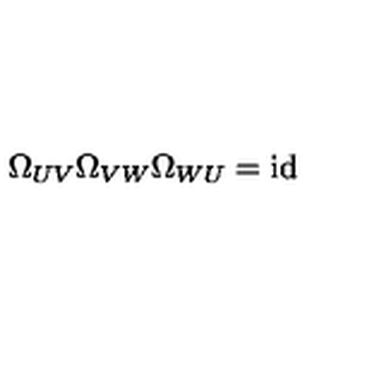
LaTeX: \Omega _ { U V } \Omega _ { V W } \Omega _ { W U } = \mathrm { i d }